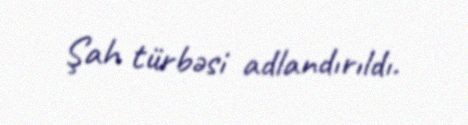
Şah türbəsi adlandırıldı.